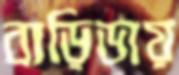
বাড়িডায়